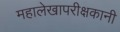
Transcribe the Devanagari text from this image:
महालेखापरीक्षकानी